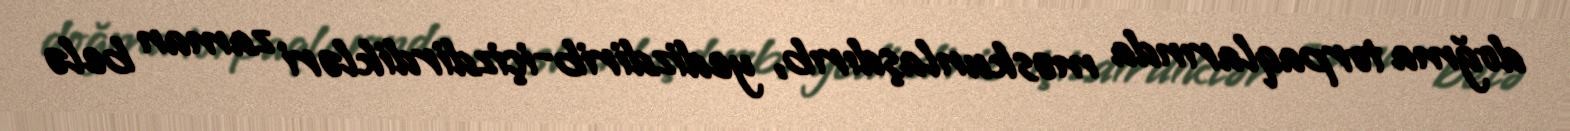
doğma torpaqlarında məskunlaşdırıb, yedizdirib-içizdirdikləri zaman belə